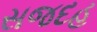
સજદહ